Bulletin of the Pasteur Institute of Southern India, Coonoor - No. 2.
Year: 1909
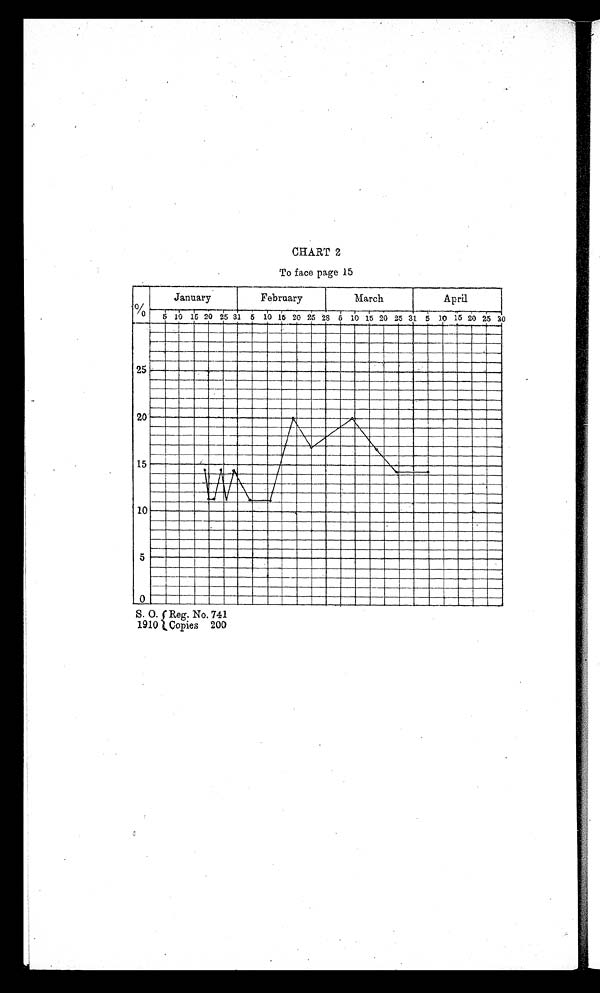
CHART 2
To face page 15
January
February
March
April
S. O.
1910
'Reg. No. 741
Copies 200